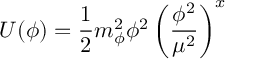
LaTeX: U ( \phi ) = \frac 1 2 m _ { \phi } ^ { 2 } \phi ^ { 2 } \left( { \frac { \phi ^ { 2 } } { \mu ^ { 2 } } } \right) ^ { x }